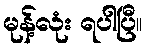
မုန့်လုံး ရပါပြီ။